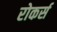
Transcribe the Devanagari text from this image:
रोकर्स